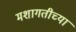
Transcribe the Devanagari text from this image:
मशागतीच्या